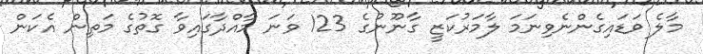
މާލެ ވަޑައިގެންނެވިނަމަ ލާމަރުކަޒީ ގާނޫނުގެ 123 ވަނަ މާއްދާގައިވާ ގޮތުގެ މަތިން އެކަން